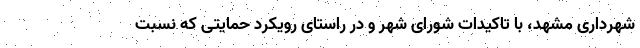
شهرداری مشهد، با تاکیدات شورای شهر و در راستای رویکرد حمایتی که نسبت